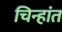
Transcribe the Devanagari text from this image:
चिन्हांत